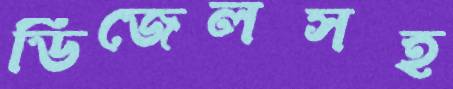
ডিজেলসহ